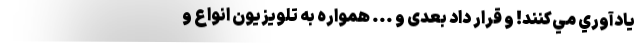
يادآوري مي‌کنند! و قرار داد بعدی و ... همواره به تلویزیون انواع و